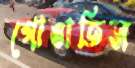
গোঙাতিস